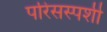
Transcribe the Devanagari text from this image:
परिसस्पर्शी